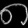
Digit: ၈